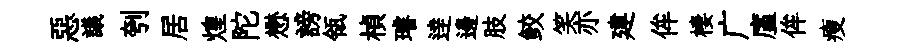
惡議刳居煌陀懋謗瓴楨璿逹邊肢鲛笑亦建侔棲广廑侔瘦